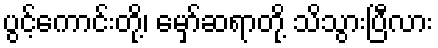
ပွင့်ကောင်းတို့၊ မှော်ဆရာတို့ သိသွားပြီလား